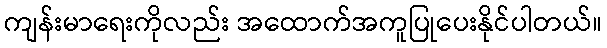
ကျန်းမာရေးကိုလည်း အထောက်အကူပြုပေးနိုင်ပါတယ်။